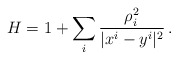
\begin{align*}H = 1+ \sum_{i} \frac{\rho_{i}^2}{|x^i-y^i|^2}\, .\end{align*}